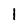
Character: 1